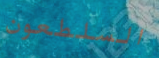
السلطعون